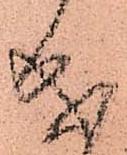
成